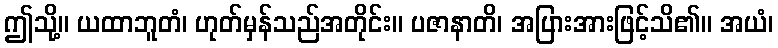
ဤသို့။ ယထာဘူတံ၊ ဟုတ်မှန်သည်အတိုင်း။ ပဇာနာတိ၊ အပြားအားဖြင့်သိ၏။ အယံ၊